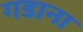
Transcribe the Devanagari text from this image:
गडाना